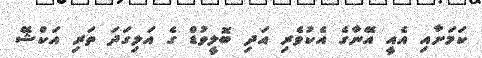
ކަމަށާއި އެއީ އޭނާގެ އެކުވެރި އަދި ބޮލީވުޑް ގެ އަލިގަދަ ތަރި އަކްޝޭ